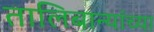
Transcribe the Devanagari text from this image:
तालिबान्यांच्या